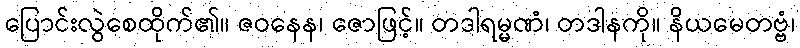
ပြောင်းလွဲစေထိုက်၏။ ဇဝနေန၊ ဇောဖြင့်။ တဒါရမ္မဏံ၊ တဒါနကို။ နိယမေတဗ္ဗံ၊